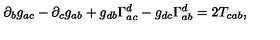
\partial _ { b } g _ { a c } - \partial _ { c } g _ { a b } + g _ { d b } \Gamma _ { a c } ^ { d } - g _ { d c } \Gamma _ { a b } ^ { d } = 2 T _ { c a b } ,